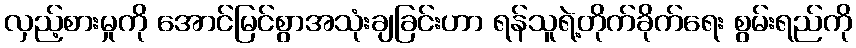
လှည့်စားမှုကို အောင်မြင်စွာအသုံးချခြင်းဟာ ရန်သူရဲ့တိုက်ခိုက်ရေး စွမ်းရည်ကို